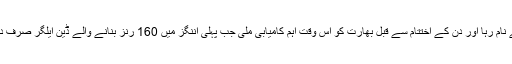
چوتھے دن کا کھیل مکمل طور پر بھارت کے نام رہا اور دن کے اختتام سے قبل بھارت کو اس وقت اہم کامیابی ملی جب پہلی اننگز میں 160 رنز بنانے والے ڈین ایلگر صرف دو رنز بنا کر رویندرا جدیجا کی وکٹ بن گئے۔